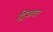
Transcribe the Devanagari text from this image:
द्विजवर